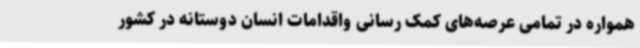
همواره در تمامی عرصه‌های کمک رسانی واقدامات انسان دوستانه در کشور